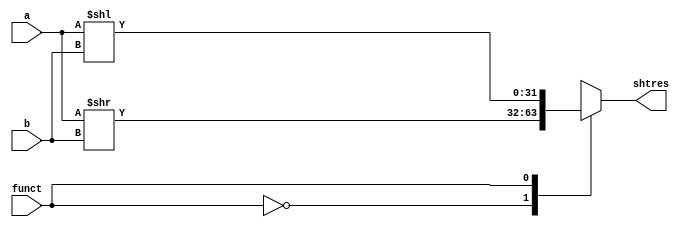
`timescale 1ns / 1ps
//////////////////////////////////////////////////////////////////////////////////
// Company: 
// Engineer: 
// 
// Design Name: 
// Module Name: shift
// Project Name: 
// Target Devices: 
// Tool Versions: 
// Description: 
// 
// Dependencies: 
// 
// Revision:
// Revision 0.01 - File Created
// Additional Comments:
// 
//////////////////////////////////////////////////////////////////////////////////
module shift(input[31:0]a,input[4:0]b, input funct, output reg[31:0]shtres);
always@(*)
begin
case(funct)
2'b0:shtres=a>>b;
2'b1:shtres=a<<b;
endcase
end
endmodule